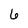
Character: 6